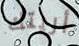
أريتك